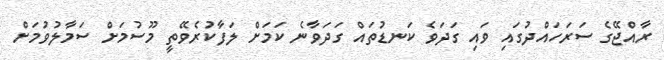
ރާއްޖޭގެ ސަރަހައްދުގައި ވައި ގަދަވެ ކަނޑުތައް ގަދަވާނެ ކަމަށް ލަފާކުރެވޭތީ މޫސުމަށް ސަމާލުވުމަށް